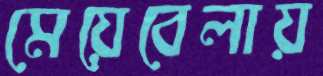
মেয়েবেলায়